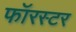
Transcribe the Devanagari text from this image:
फॉरस्टर